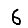
Digit: 6